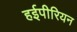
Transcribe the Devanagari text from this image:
हईपीरियन